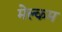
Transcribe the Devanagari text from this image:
मेल्‍कम